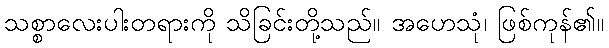
သစ္စာလေးပါးတရားကို သိခြင်းတို့သည်။ အဟေသုံ၊ ဖြစ်ကုန်၏။